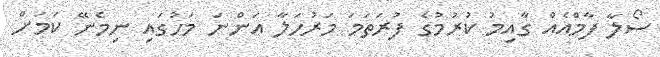
ސޯލާ ފާމްއެއް ގާއިމު ކުރުމުގެ ފުރަތަމަ މަރުހަލާ އަންނަ މަހުގައި ނިމެނޭ ކަމަށް